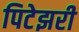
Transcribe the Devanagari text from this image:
पिटेझरी